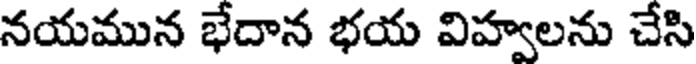
నయమున భేదాన భయ విహ్వలను చేసి